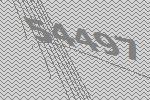
54497